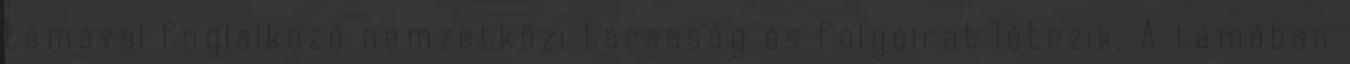
témával foglalkozó nemzetközi társaság és folyóirat létezik. A témában